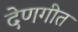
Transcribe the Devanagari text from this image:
देणगीत